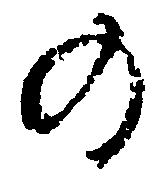
の